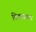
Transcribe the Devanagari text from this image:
विकासस्तर